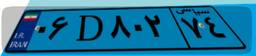
۶۷D۴۱۸۴۷